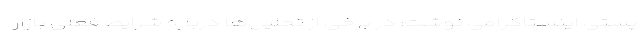
پستی اینستاگرامی نوشت: در برخی از تحلیل‌ها درباره شرایط فعلی بازار